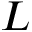
L